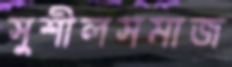
সুশীলসমাজ